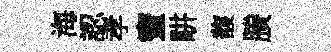
海認孝蜜畊馥賸